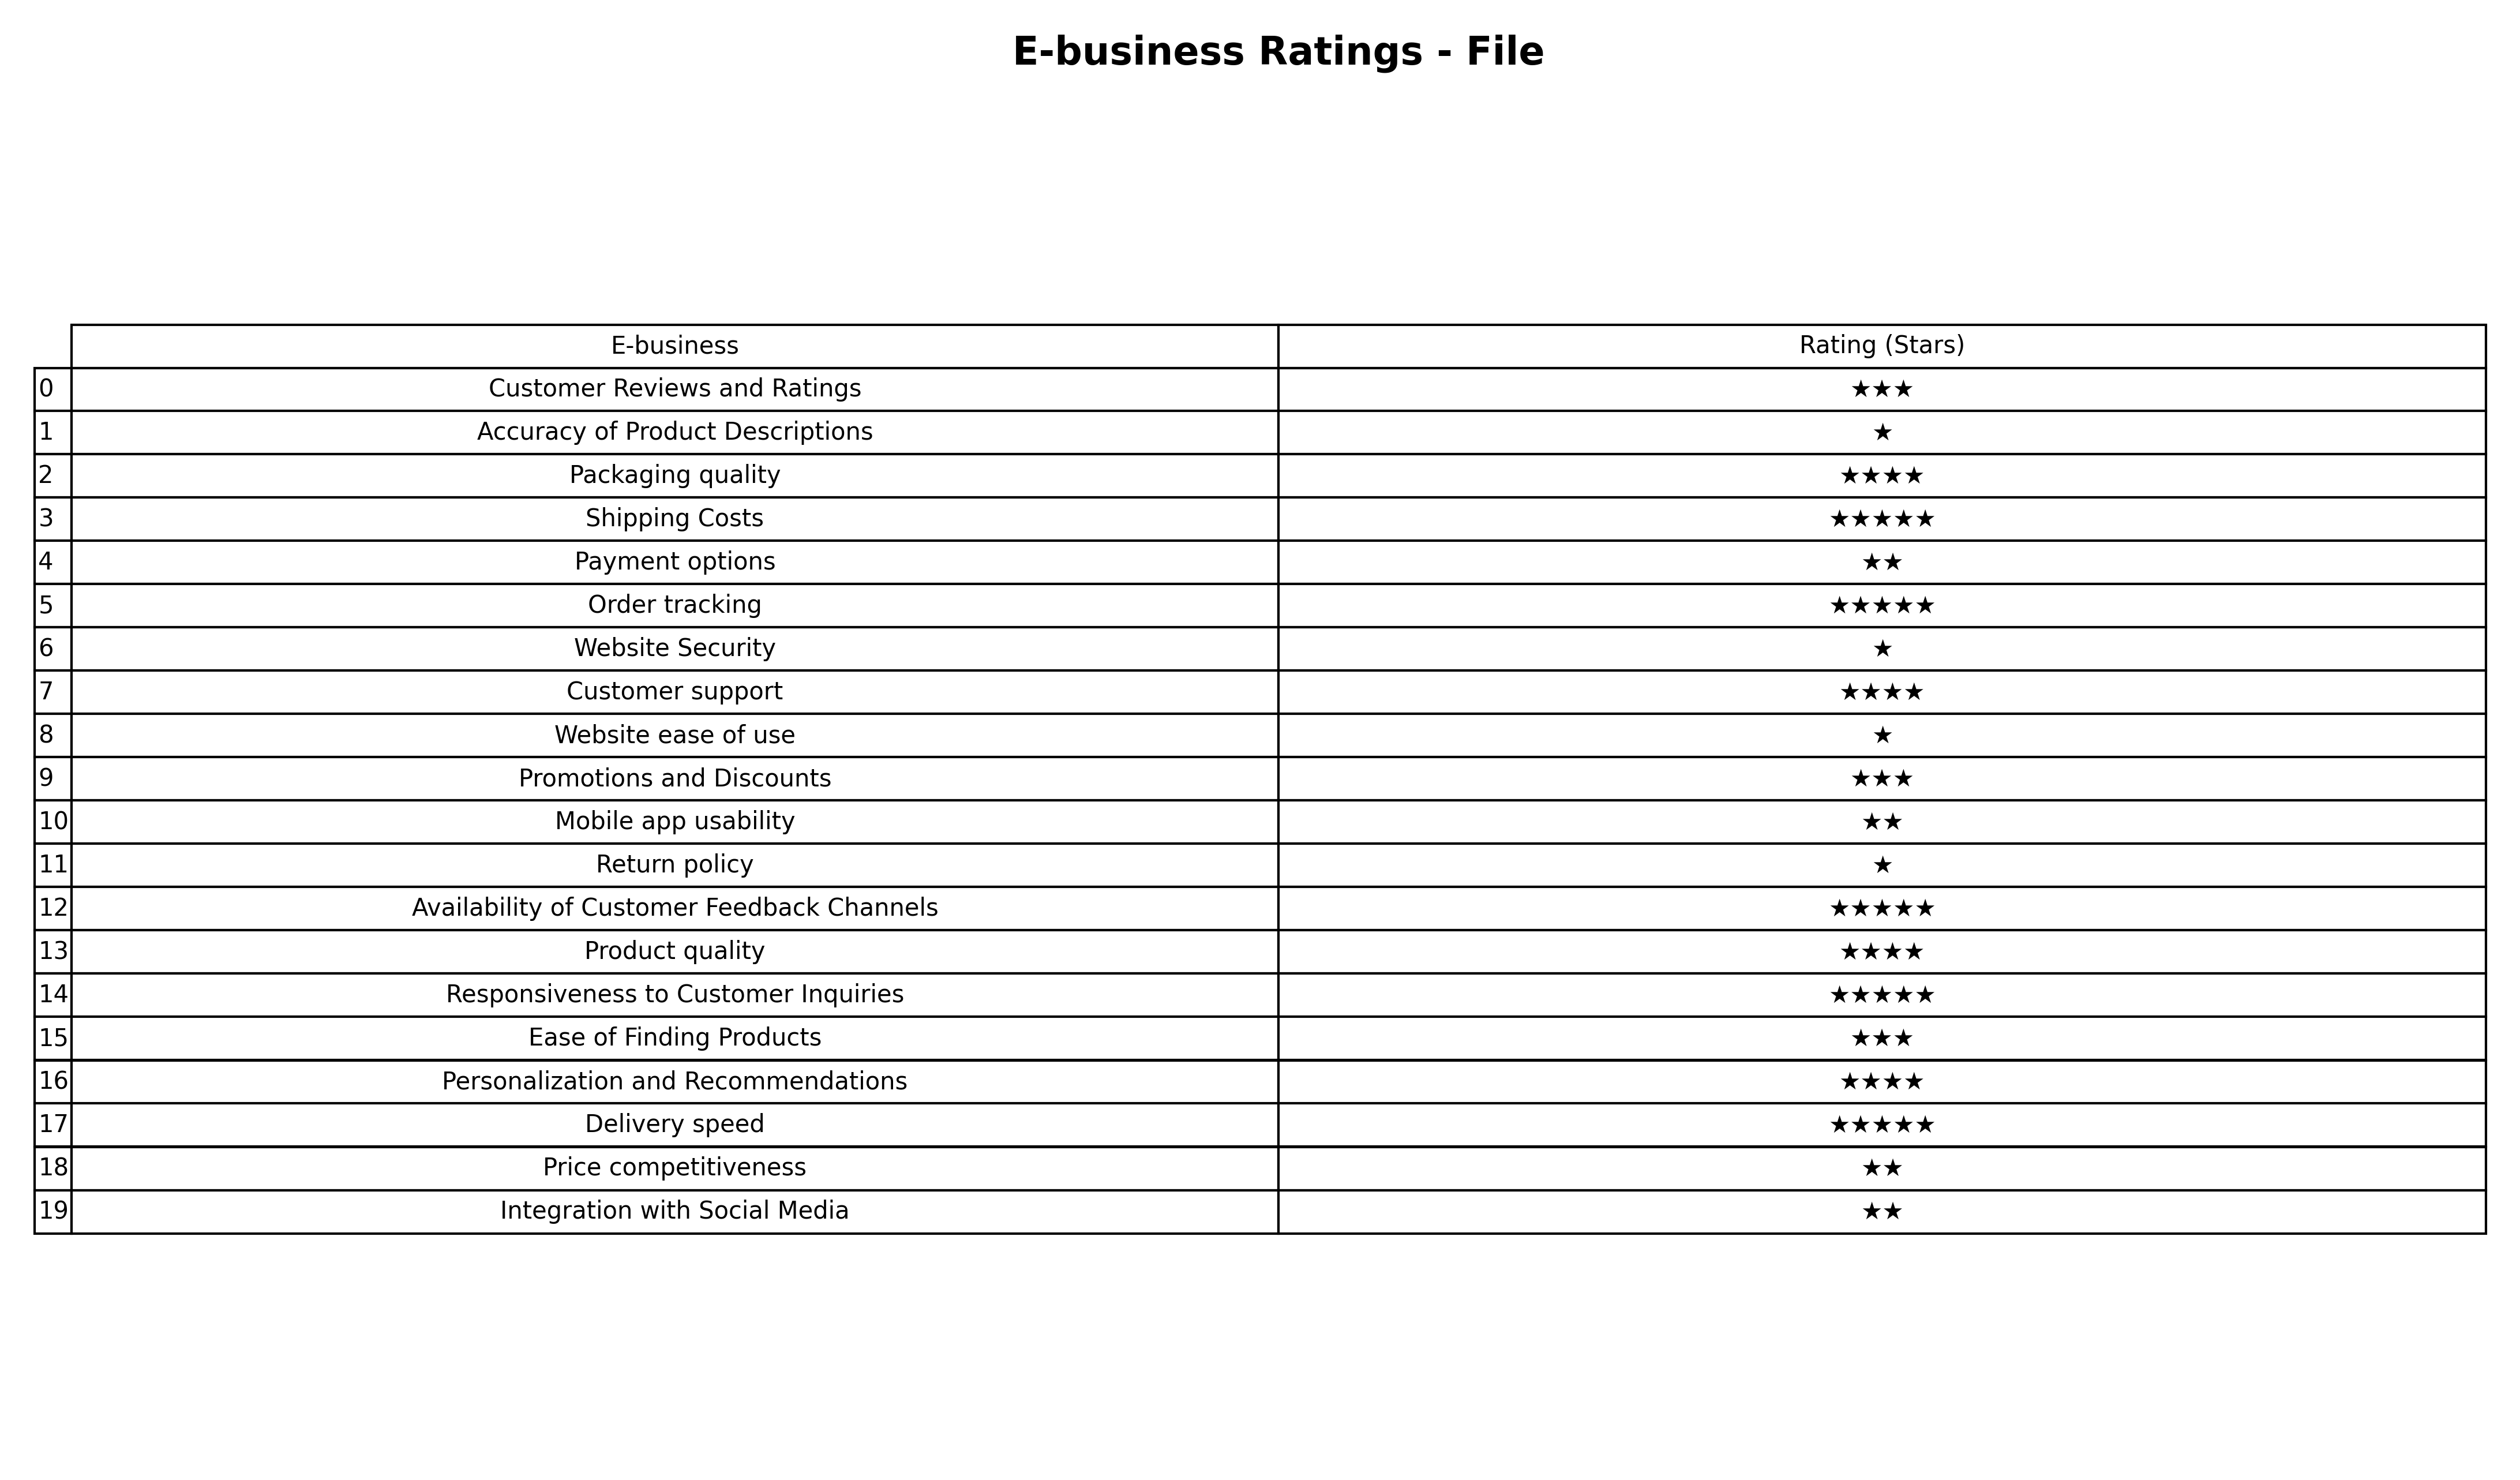
question: What are two star services?
answer: Payment optionsMobile app usabilityPrice competitivenessIntegration with Social Media